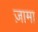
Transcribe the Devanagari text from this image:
ज़ामा